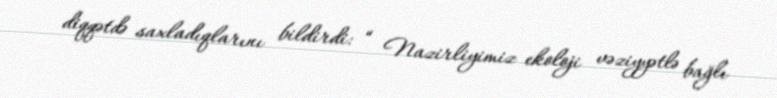
diqqətdə saxladıqlarını bildirdi: “ Nazirliyimiz ekoloji vəziyyətlə bağlı